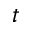
t